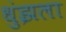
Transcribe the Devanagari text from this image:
धुंझला